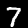
Digit: 7